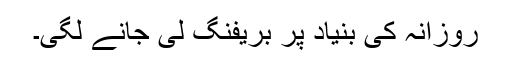
روزانہ کی بنیاد پر بریفنگ لی جانے لگی۔